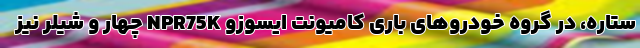
ستاره، در گروه خودروهای باری کامیونت ایسوزو NPR75K چهار و شیلر نیز